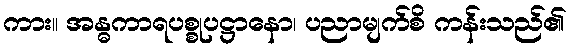
ကား။ အန္ဓကာရပစ္စုပဋ္ဌာနော၊ ပညာမျက်စိ ကန်းသည်၏